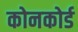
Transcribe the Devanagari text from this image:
कोनकोर्ड